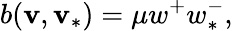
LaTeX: b(\mathbf{v},\mathbf{v}_{\ast})=\mu w^{+}w_{\ast}^{-},